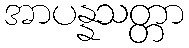
အာပန္နသတ္တာ